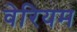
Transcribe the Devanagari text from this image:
वेरियम